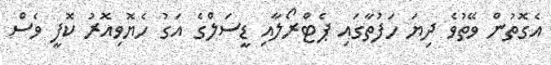
އެގޮތުން ވޭތުވެ ދިޔަ ހަފުތާގައި ޕެޓްރޯލާއި ޑީސަލްގެ އަގު ހެޔޮވިއޮރު ކޮފީ ވެސް